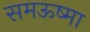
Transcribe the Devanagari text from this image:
समऊष्मा